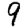
Digit: 9